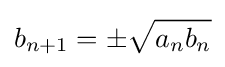
b_{n+1}=\pm {\sqrt {a_{n}b_{n}}}